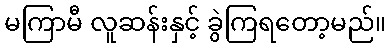
မကြာမီ လူဆန်းနှင့် ခွဲကြရတော့မည်။